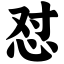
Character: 怼